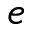
e